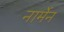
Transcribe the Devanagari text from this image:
नार्मेन